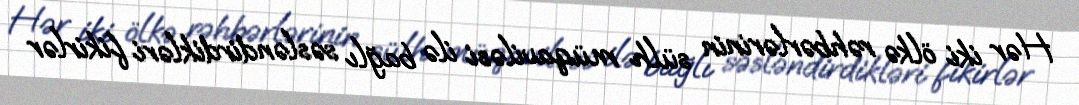
Hər iki ölkə rəhbərlərinin sülh müqaviləsi ilə bağlı səsləndirdikləri fikirlər